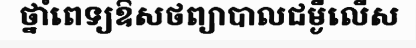
ថ្នាំពេទ្យឱសថព្យាបាលជម្ងឺលើស